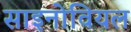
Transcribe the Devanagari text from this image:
साइनोवियल